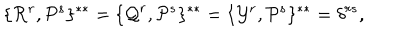
\{ { \cal R } ^ { r } , { \cal P } ^ { s } \} ^ { * * } = \{ { \cal Q } ^ { r } , { \cal P } ^ { s } \} ^ { * * } = \{ { \cal Y } ^ { r } , { \cal P } ^ { s } \} ^ { * * } = \delta ^ { r s } ,